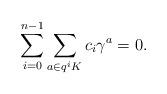
LaTeX: \begin{align*}\sum_{i=0}^{n-1}\sum_{a\in q^iK}c_i\gamma^a=0.\end{align*}